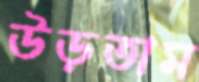
উড়তাম